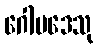
ဂေါပဒေသု